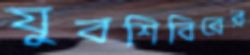
যুবশিবিরের